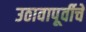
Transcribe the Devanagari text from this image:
उठावापूर्वीचे